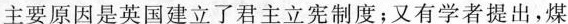
主要原因是英国建立了君主立宪制度；又有学者提出，煤